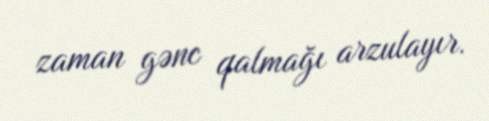
zaman gənc qalmağı arzulayır.